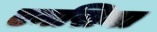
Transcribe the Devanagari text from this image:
एनसिना